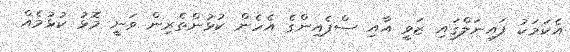
އެކަމަކު ފައިނަލްގައި ޒަވީ އާއި ސްޕެއިންގެ އެހެން ކުޅުންތެރިން ވަނީ މޮޅު ކުޅުމެއް